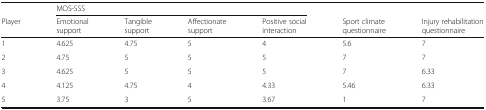
|  | <COLSPAN=4> MOS-SSS |  |  |
 | Player | Emotional support | Tangible support | Affectionate support | Positive social interaction | Sport climate questionnaire | Injury rehabilitation questionnaire |
 | --- | --- | --- | --- | --- | --- | --- |
 | 1 | 4.625 | 4.75 | 5 | 4 | 5.6 | 7 |
 | 2 | 4.75 | 5 | 5 | 5 | 7 | 7 |
 | 3 | 4.625 | 5 | 5 | 5 | 7 | 6.33 |
 | 4 | 4.125 | 4.75 | 4 | 4.33 | 5.46 | 6.33 |
 | 5 | 3.75 | 3 | 5 | 3.67 | 1 | 7 |